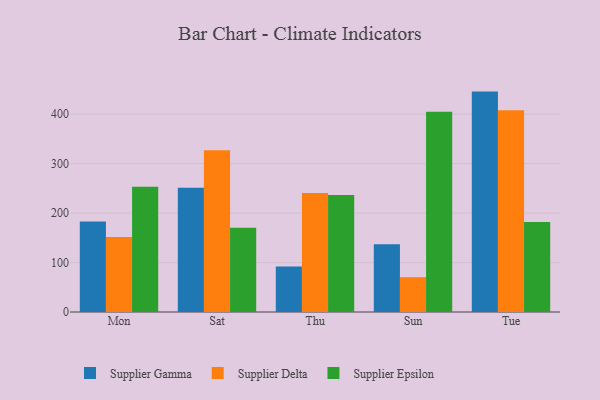
{"axis": {"x": "Day", "y": "Churn Rate (%)"}, "legend": ["Supplier Delta", "Supplier Epsilon", "Supplier Gamma"], "data": [{"x": "Mon", "y": 182.9, "type": "Supplier Gamma"}, {"x": "Mon", "y": 151.4, "type": "Supplier Delta"}, {"x": "Mon", "y": 253.1, "type": "Supplier Epsilon"}, {"x": "Sat", "y": 251.2, "type": "Supplier Gamma"}, {"x": "Sat", "y": 326.8, "type": "Supplier Delta"}, {"x": "Sat", "y": 170.4, "type": "Supplier Epsilon"}, {"x": "Thu", "y": 92.1, "type": "Supplier Gamma"}, {"x": "Thu", "y": 240.5, "type": "Supplier Delta"}, {"x": "Thu", "y": 236.6, "type": "Supplier Epsilon"}, {"x": "Sun", "y": 136.8, "type": "Supplier Gamma"}, {"x": "Sun", "y": 70.4, "type": "Supplier Delta"}, {"x": "Sun", "y": 404.8, "type": "Supplier Epsilon"}, {"x": "Tue", "y": 445.6, "type": "Supplier Gamma"}, {"x": "Tue", "y": 407.8, "type": "Supplier Delta"}, {"x": "Tue", "y": 181.9, "type": "Supplier Epsilon"}]}